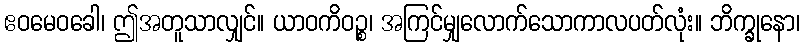
ဧဝမေဝခေါ၊ ဤအတူသာလျှင်။ ယာဝကိဝဉ္စ၊ အကြင်မျှလောက်သောကာလပတ်လုံး။ ဘိက္ခုနော၊